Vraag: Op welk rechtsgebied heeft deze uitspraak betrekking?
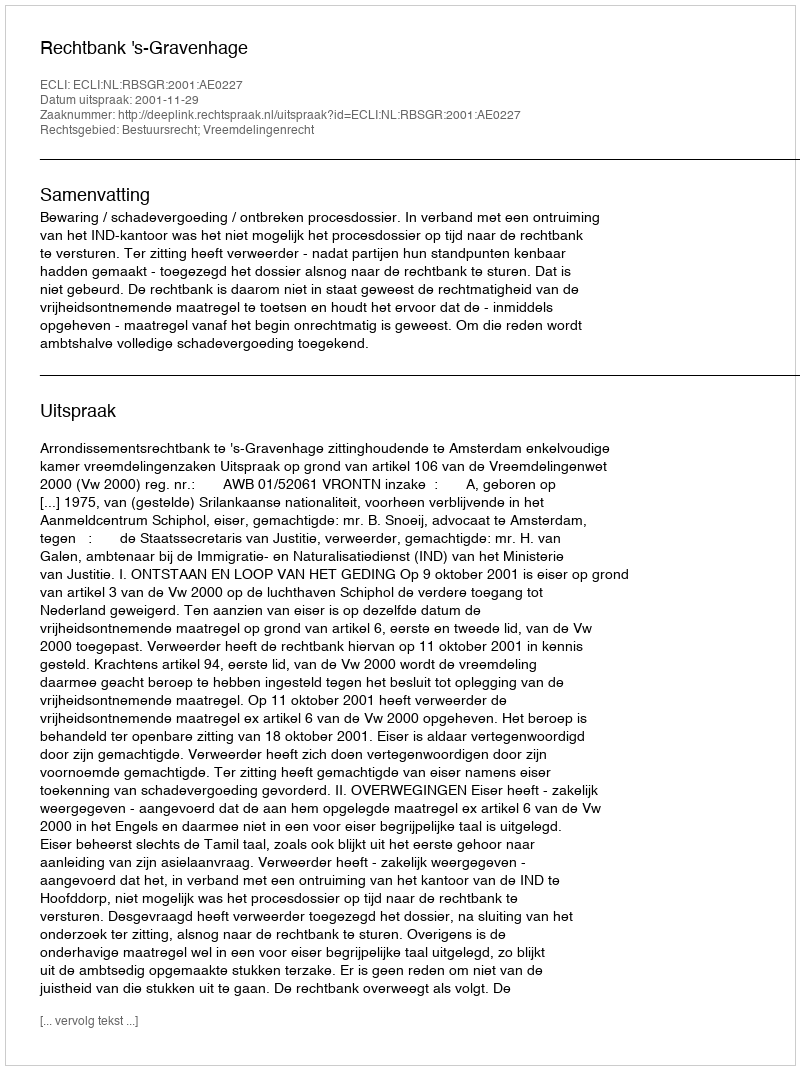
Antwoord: Bestuursrecht; Vreemdelingenrecht